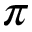
\pi